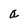
Character: a